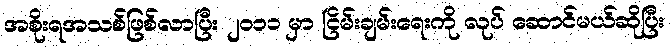
အစိုးရအသစ်ဖြစ်လာပြီး ၂ဝ၁၁ မှာ ငြိမ်းချမ်းရေးကို လုပ် ဆောင်မယ်ဆိုပြီး